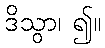
ဒိသွာ၊ ၍။